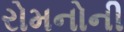
રોમનોની